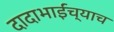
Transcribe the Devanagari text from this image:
दादाभाईंच्याच